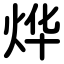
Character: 烨